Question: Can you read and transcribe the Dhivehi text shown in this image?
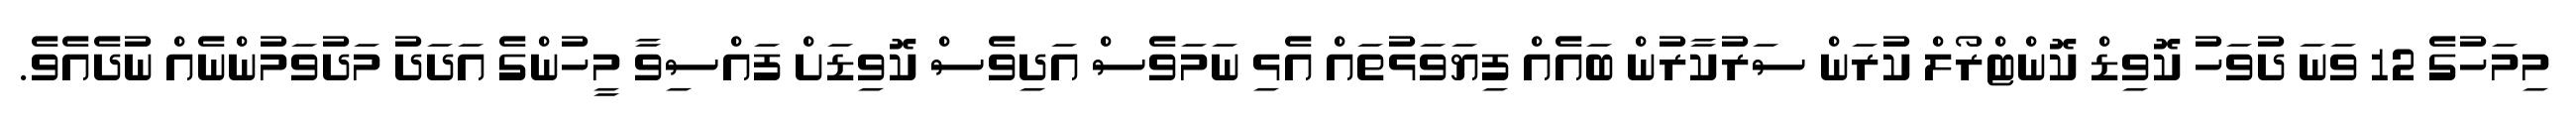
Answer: މިމަހުގެ 12 ވަނަ ދުވަހު ކޮވިޑް ކޮންޓްރޯލް ކުރަން ސަރުކާރުން ބައެއް ފިޔަވަޅުތައް އެޅި ނަމަވެސް އަދިވެސް ކޮވިޑަށް ފައްސިވާ މީހުންގެ އަދަދު މަދުވަމުންނެއް ނުދެއެވެ.